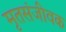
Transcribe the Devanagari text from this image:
मृतसंजीवक